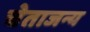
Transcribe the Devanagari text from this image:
चेताजन्य